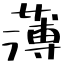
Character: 薄